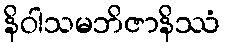
နိဝါသမဘိဇာနိဿံ